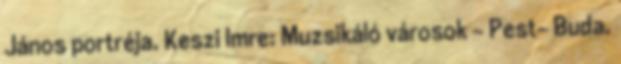
János portréja. Keszi Imre: Muzsikáló városok - Pest- Buda.